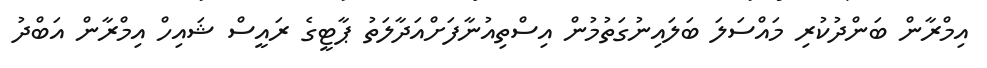
އިމްރާން ބަންދުކުރި މައްސަލަ ބަލައިނުގަތުމުން އިސްތިއުނާފަށްއަދާލަތު ޕާޓީގެ ރައީސް ޝައިހް އިމްރާން އަބްދު